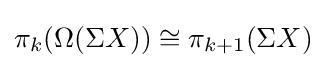
\pi _{k}(\Omega (\Sigma X))\cong \pi _{k+1}(\Sigma X)